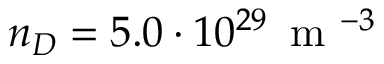
n _ { D } = 5 . 0 \cdot 1 0 ^ { 2 9 } \, \mathrm { ~ m ~ } ^ { - 3 }